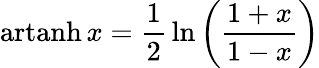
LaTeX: \operatorname{artanh}x={\frac{1}{2}}\ln\left({\frac{1+x}{1-x}}\right)